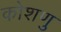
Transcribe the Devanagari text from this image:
कोशणु